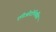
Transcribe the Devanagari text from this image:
एरिओदोन्तितिस